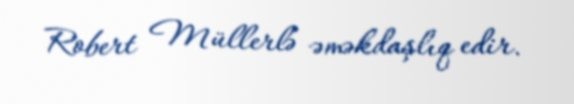
Robert Müllerlə əməkdaşlıq edir.